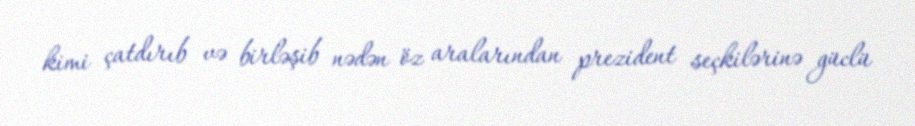
kimi çatdırıb və birləşib nədən öz aralarından prezident seçkilərinə güclü